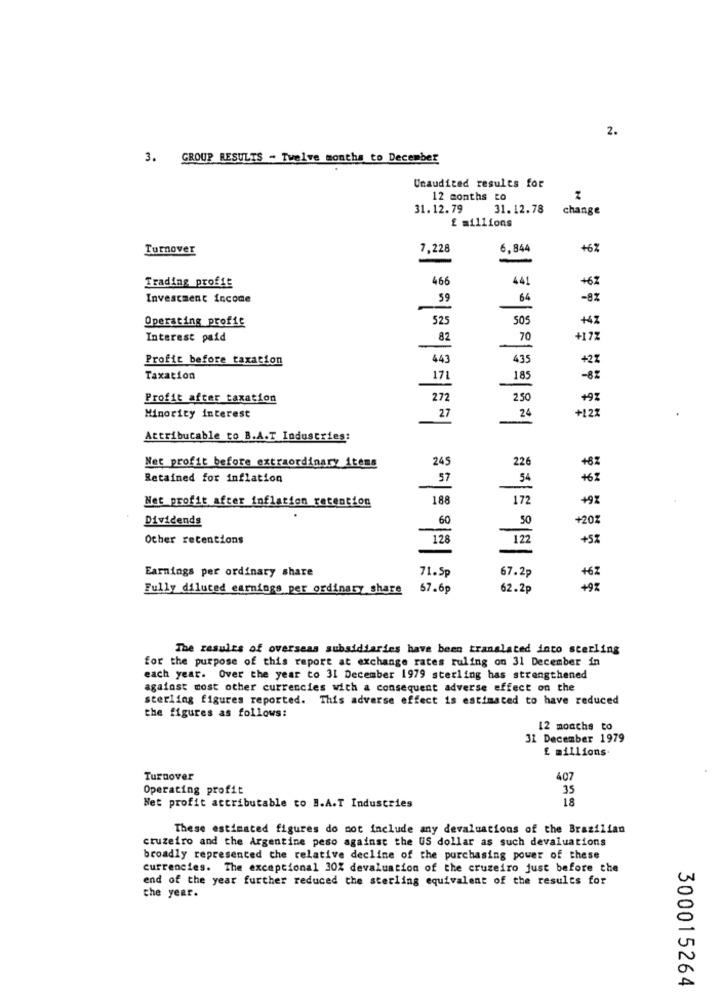
2.
3. GROUP RESULTS - Twelve months to December
Unaudited results for
12 months to
31.12.79
31.12.78
change
£ millions
Turnover
7.228
6,844
+6%
-
466
441
+62
Trading profft
Investment income
59
64
-8%
525
505
+42
Operating profit
Interest paid
82
70
+172
Profit before taxation
443
435
+27
Taxation
17
185
- 82
Profit after taxation
272
250
+9%
+121
Minority interest
27
24
Attributable to B.A.T Industries:
245
226
+62
Net profit before extraordinary items
Retained for inflation
57
54
Net profit after inflation retention
188
172
+97
Dividends
60
50
+20
Other retentions
128
122
+5%
Earnings per ordinary share
71.Sp
67.2p
Fully diluted earnings per ordinary share
67.6p
62.2p
The results of overseas subsidiaries have been translated into sterling
for the purpose of this report at exchange rates ruling on 31 December in
each year. Over the year to 31 December 1979 sterling has strengthened
against most other currencies with a consequent adverse effect on the
sterling figures reported. This adverse effect is estimated to have reduced
the figures as follows:
12 months to
31 December 1979
£ millions
Turnover
407
Operating profit
35
18
Net profit attributable to B.A.T Industries
These estimated figures do not include any devaluations of the Brazilian
cruzeiro and the Argentine peso against the US dollar as such devaluations
broadly represented the relative decline of the purchasing power of these
currencies. The exceptional 30% devaluation of the cruzeiro just before the
end of the year further reduced the sterling equivalent of the results for
the year.
300015264